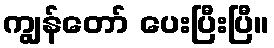
ကျွန်တော် ပေးပြီးပြီ။